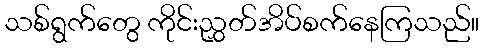
သစ်ရွက်တွေ ကိုင်းညွှတ်အိပ်စက်နေကြသည်။